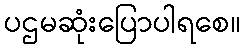
ပဌမဆုံးပြောပါရစေ။